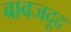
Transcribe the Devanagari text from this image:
बावजदूद